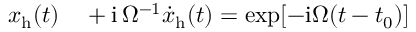
\begin{array} { r l } { x _ { \mathrm { h } } ( t ) } & { { } + \mathrm { i } \, \Omega ^ { - 1 } { \dot { x } } _ { \mathrm { h } } ( t ) = \exp [ - \mathrm { i } \Omega ( t - t _ { 0 } ) ] } \end{array}